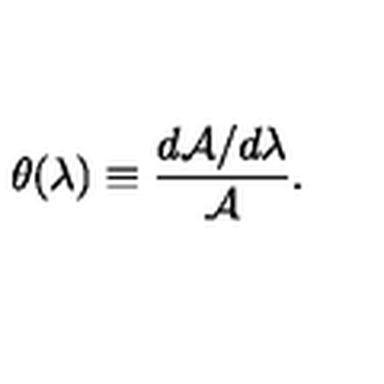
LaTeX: \theta ( \lambda ) \equiv \frac { d { \cal A } / d \lambda } { \cal A } .